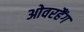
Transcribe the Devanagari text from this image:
ओवरहैंग